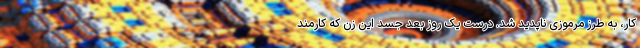
کار، به طرز مرموزی ناپدید شد. درست یک روز بعد جسد این زن که کارمند